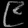
Digit: ၉